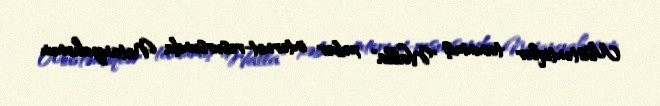
Müstəntiqlər tanınmış "Walla" xəbər internet-resursunda Netanyahunun